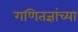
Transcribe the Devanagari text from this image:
गणितज्ञांच्या